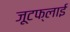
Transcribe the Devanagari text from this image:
जूटफ्लाई